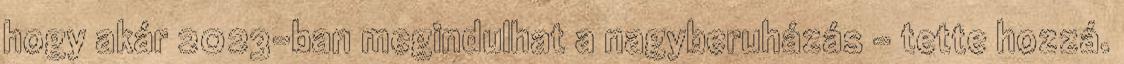
hogy akár 2023-ban megindulhat a nagyberuházás - tette hozzá.